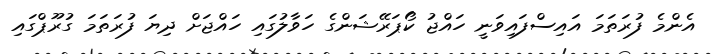
އެންމެ ފުރަތަމަ އައިސްފައިވަނީ ހައްޖު ކޯޕަރޭޝަންގެ ހަވާލުގައި ހައްޖަށް ދިޔަ ފުރަތަމަ ގުރޫޕްގައި